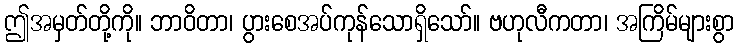
ဤအမှတ်တို့ကို။ ဘာဝိတာ၊ ပွားစေအပ်ကုန်သောရှိသော်။ ဗဟုလီကတာ၊ အကြိမ်များစွာ